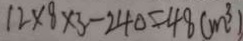
1 2 \times 8 \times 3 - 2 4 0 = 4 8 ( m ^ { 3 } )